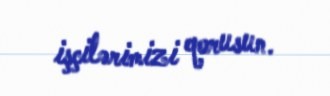
işçilərimizi qorusun.